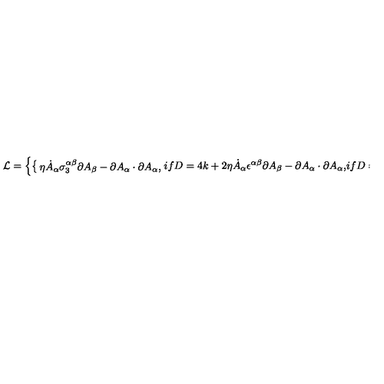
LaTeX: { \cal L } = \left\{ \begin{cases} { \eta \dot { A } _ { \alpha } \sigma _ { 3 } ^ { \alpha \beta } \partial A _ { \beta } - \partial A _ { \alpha } \cdot \partial A _ { \alpha } , } & { i f D = 4 k + 2 } \\ { \eta \dot { A } _ { \alpha } \epsilon ^ { \alpha \beta } \partial A _ { \beta } - \partial A _ { \alpha } \cdot \partial A _ { \alpha } , } & { i f D = 4 k } \\ \end{cases} \right.